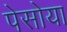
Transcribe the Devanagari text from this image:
पेसोया